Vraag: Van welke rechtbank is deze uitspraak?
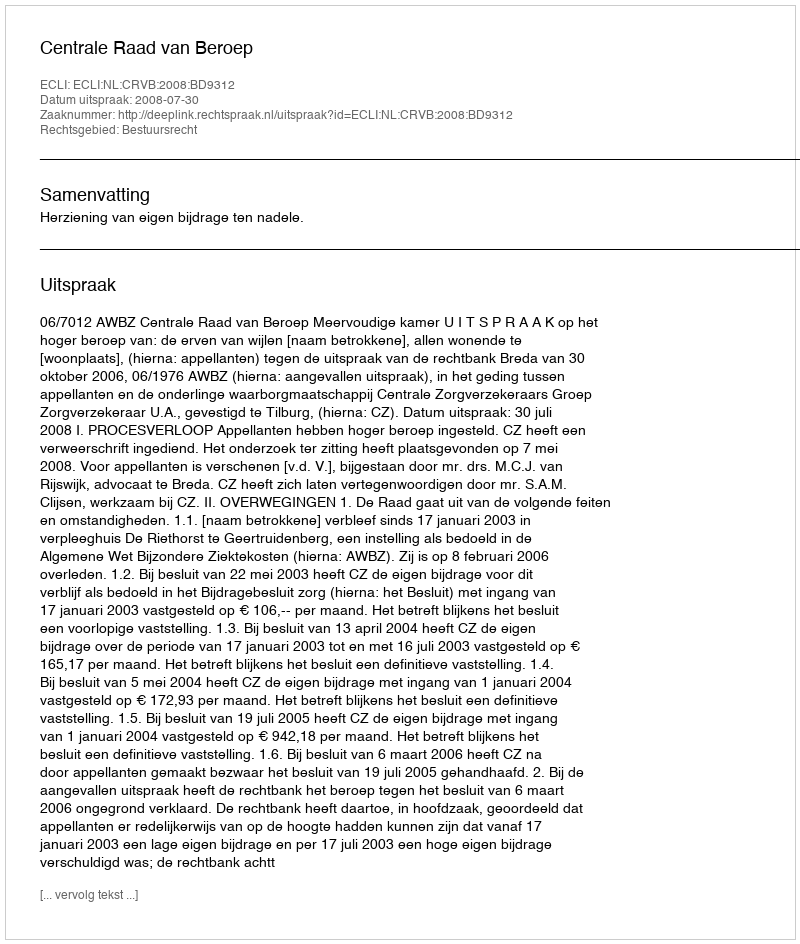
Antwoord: Centrale Raad van Beroep